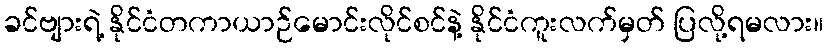
ခင်ဗျားရဲ့ နိုင်ငံတကာယာဉ်မောင်းလိုင်စင်နဲ့ နိုင်ငံကူးလက်မှတ် ပြလို့ရမလား။